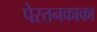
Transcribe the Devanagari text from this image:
पेस्तनकाका